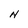
Character: H